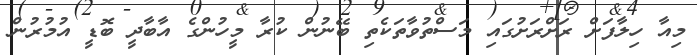
މިއާ ހިލާފަށް ރަށްރަށުގައި މަސްތުވާތަކެތި ބޭނުން ކުރާ މީހުންގެ އާބާދީ ބޮޑީ އުމުރުން